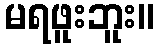
မရဖူးဘူး။